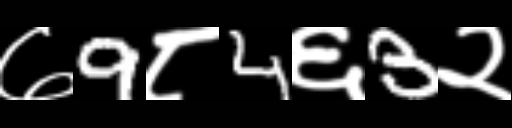
Text: ७9८4६3२